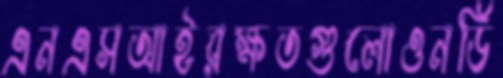
এনএসআইরক্ষতগুলোওনর্ডি